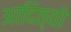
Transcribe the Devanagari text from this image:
आदित्यो